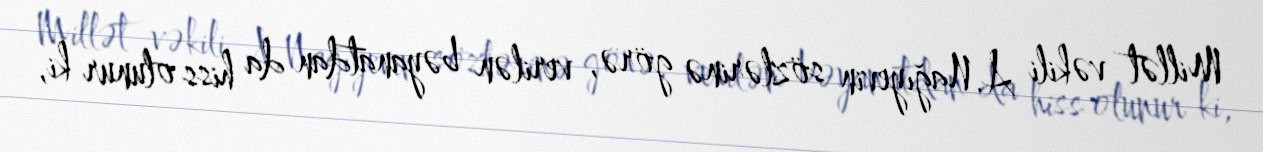
Millət vəkili A.Nağıyevin sözlərinə görə, verilən bəyanatdan da hiss olunur ki,